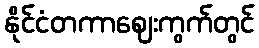
နိုင်ငံတကာဈေးကွက်တွင်